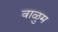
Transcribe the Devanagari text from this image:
वाळुम